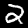
Digit: 2